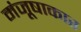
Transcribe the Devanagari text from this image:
मंजूषाकार